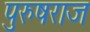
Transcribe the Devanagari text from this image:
पुरुषराज